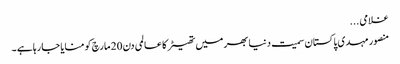
غلامی ...
منصور مہدی پاکستان سمیت دنیا بھر میں تھیٹر کا عالمی دن 20 مارچ کو منایا جا رہا ہے ۔